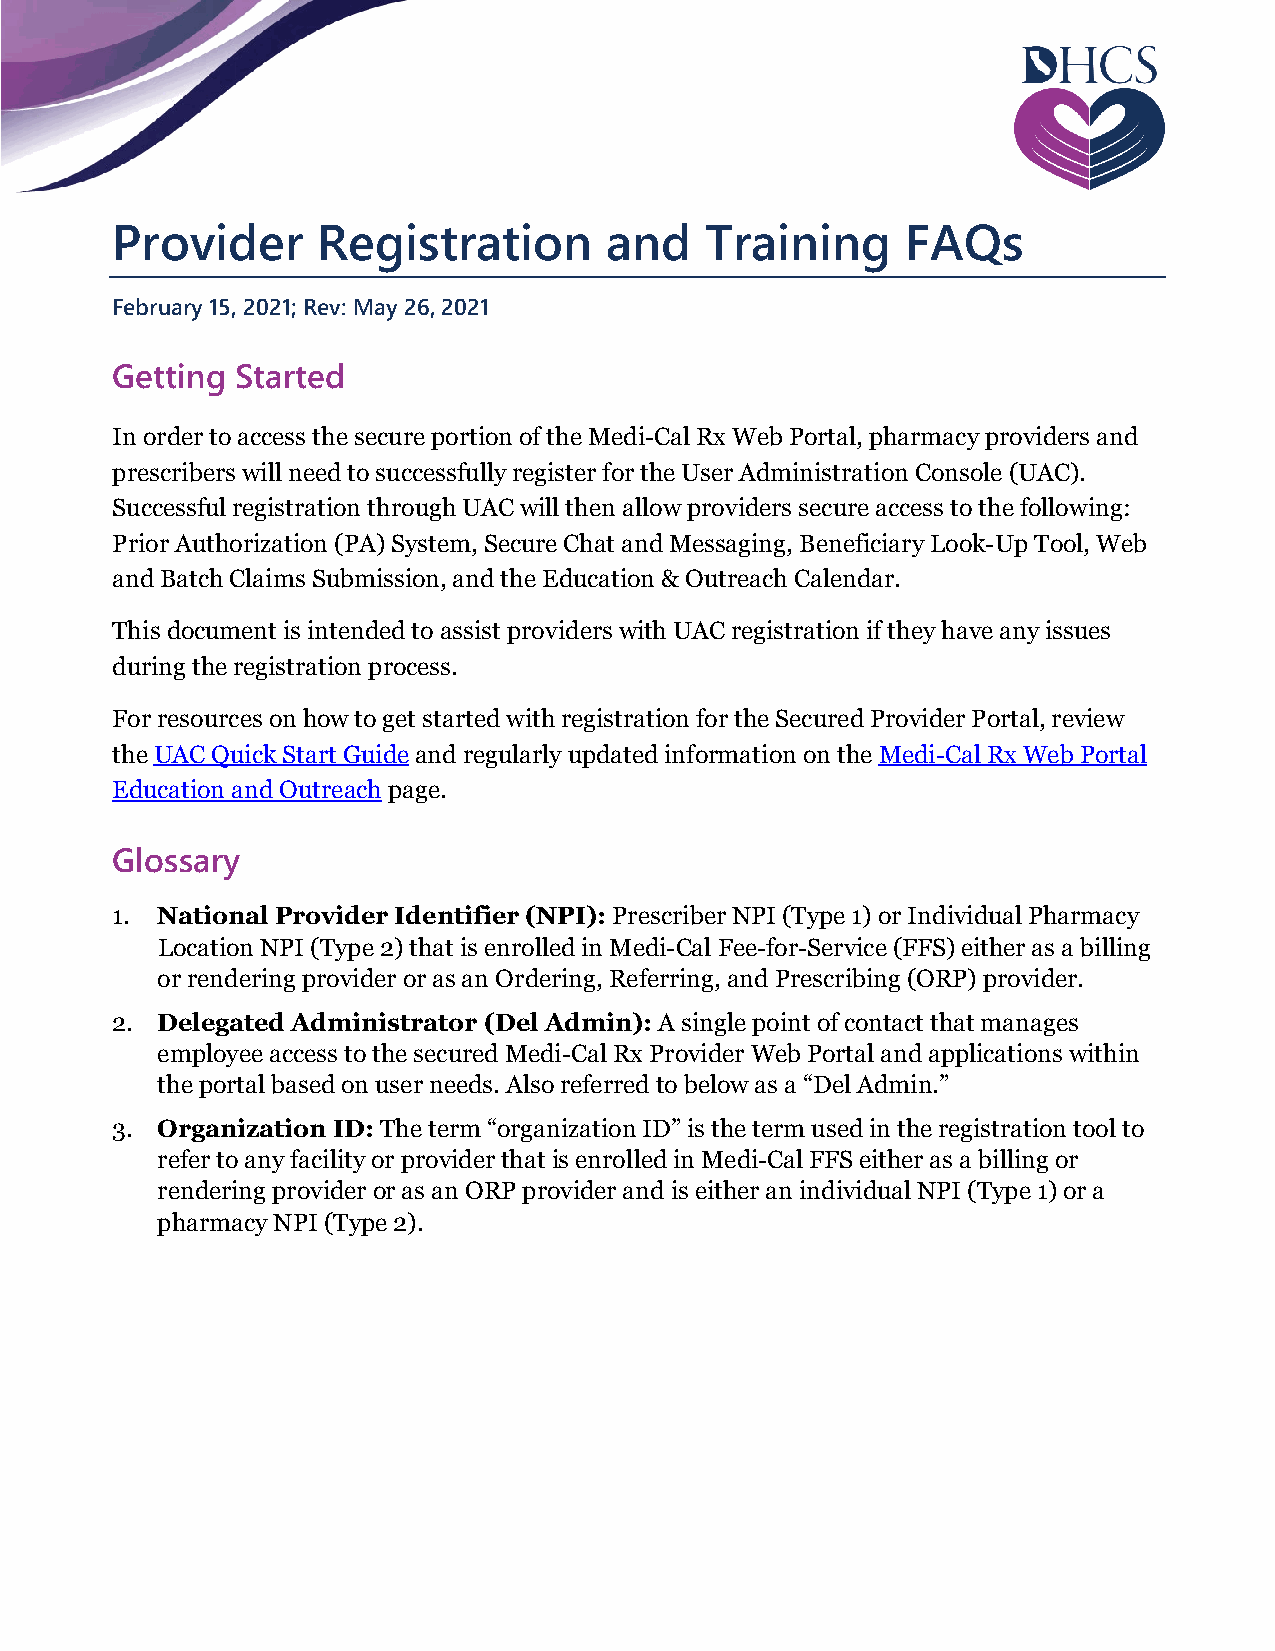
Provider      Registration       and    Training     FAQs
 February 15, 2021; Rev: May 26, 2021
 Getting  Started
 In order to access the secure portion of the Medi-Cal Rx Web Portal, pharmacy providers and
 prescribers will need to successfully register for the User Administration Console (UAC).
 Successful registration through UAC will then allow providers secure access to the following:
 Prior Authorization (PA) System, Secure Chat and Messaging, Beneficiary Look-Up Tool, Web
 and Batch Claims Submission, and the Education & Outreach Calendar.
 This document is intended to assist providers with UAC registration if they have any issues
 during the registration process.
 For resources on how to get started with registration for the Secured Provider Portal, review
 the UAC Quick Start Guide and regularly updated information on the Medi-Cal Rx Web Portal
 Education and Outreach page.
 Glossary
 1. National Provider Identifier (NPI): Prescriber NPI (Type 1) or Individual Pharmacy
 Location NPI (Type 2) that is enrolled in Medi-Cal Fee-for-Service (FFS) either as a billing
 or rendering provider or as an Ordering, Referring, and Prescribing (ORP) provider.
 2. Delegated Administrator (Del Admin): A single point of contact that manages
 employee access to the secured Medi-Cal Rx Provider Web Portal and applications within
 the portal based on user needs. Also referred to below as a “Del Admin.”
 3. Organization ID: The term “organization ID” is the term used in the registration tool to
 refer to any facility or provider that is enrolled in Medi-Cal FFS either as a billing or
 rendering provider or as an ORP provider and is either an individual NPI (Type 1) or a
 pharmacy NPI (Type 2).